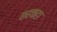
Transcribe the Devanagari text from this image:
कहकहा